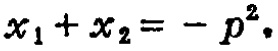
\(x_{1}+x_{2}=-p^{2}\)